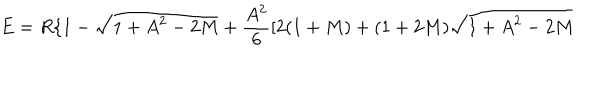
E = R \{ 1 - \sqrt { 1 + A ^ { 2 } - 2 M } + \frac { A ^ { 2 } } { 6 } [ 2 ( 1 + M ) + ( 1 + 2 M ) \sqrt { 1 + A ^ { 2 } - 2 M }